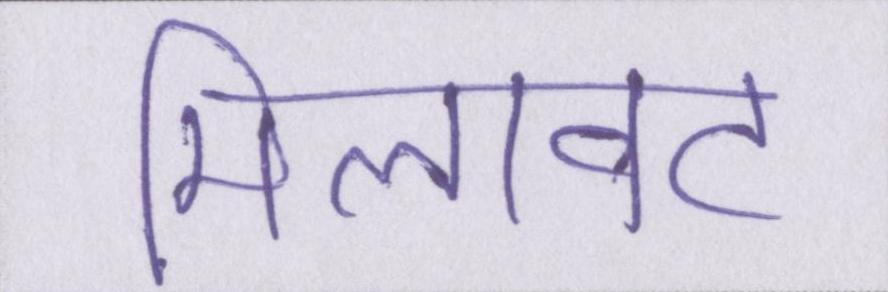
मिलावट